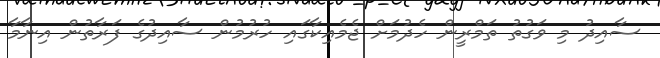
ސާއިދު މި ވަގުތު ތަމްރީން ހެދުމަށް ޖެމެއިކާގައި ހުރުމުން ސާއިދުގެ ފަރާތުން އިނާމާ